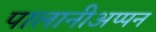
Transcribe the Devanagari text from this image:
पालानीअप्पन